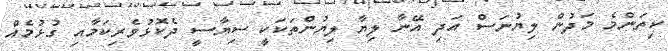
ކިތަންމެ މަދުން ލިޔުނަސް އަދި އޭނާ ލިޔާ ލިޔުންތަކަކީ ސިޔާސީ ދެކޮޅުވެރިކަމާއި ގުޅުމެއް